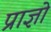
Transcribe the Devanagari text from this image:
प्राज्ञो